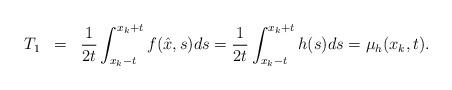
LaTeX: \begin{align*}\begin{array}{rcl}T_1&=&\displaystyle \frac{1}{2t}\int_{x_k-t}^{x_k+t} f(\hat x,s) ds=\displaystyle \frac{1}{2t}\int_{x_k-t}^{x_k+t} h(s) ds=\mu_h(x_k,t).\\\end{array}\end{align*}